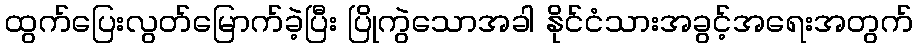
ထွက်ပြေးလွတ်မြောက်ခဲ့ပြီး ပြိုကွဲသောအခါ နိုင်ငံသားအခွင့်အရေးအတွက်